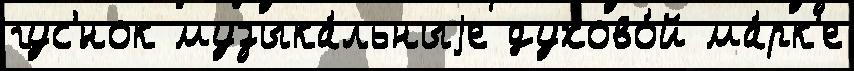
гус'́нок музыка́льныjе духово́й ма́рк'е